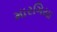
મારગિયા